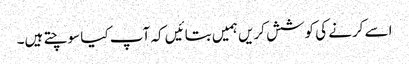
اسے کرنے کی کوشش کریں ہمیں بتائیں کہ آپ کیا سوچتے ہیں۔